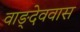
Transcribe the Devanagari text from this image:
वाङ्देववास